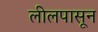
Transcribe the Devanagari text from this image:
लीलपासून